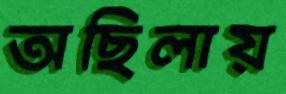
অছিলায়